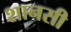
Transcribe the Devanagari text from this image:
शानसी